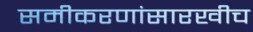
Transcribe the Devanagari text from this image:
समीकरणांसारखीच